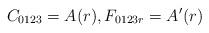
LaTeX: \begin{align*} C_{0123}=A(r), F_{0123r}=A'(r)\end{align*}